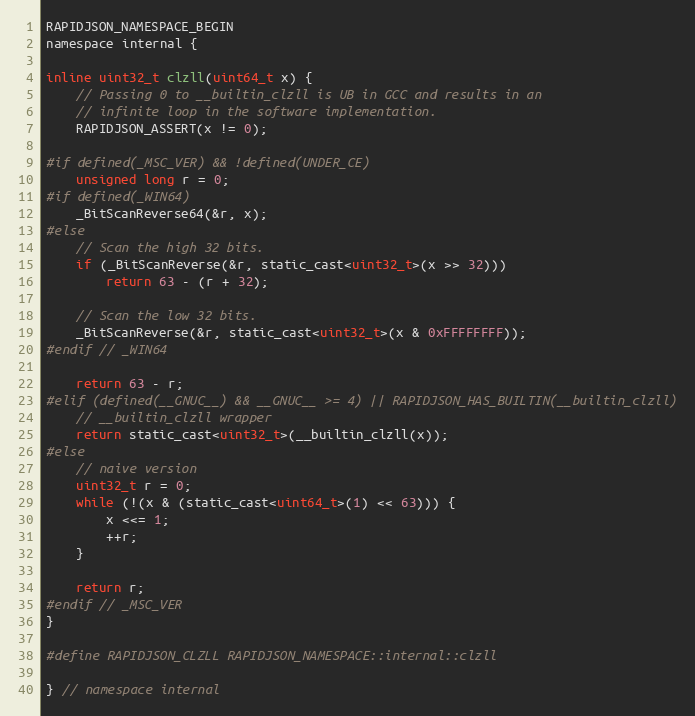
Language: C
RAPIDJSON_NAMESPACE_BEGIN
namespace internal {

inline uint32_t clzll(uint64_t x) {
    // Passing 0 to __builtin_clzll is UB in GCC and results in an
    // infinite loop in the software implementation.
    RAPIDJSON_ASSERT(x != 0);

#if defined(_MSC_VER) && !defined(UNDER_CE)
    unsigned long r = 0;
#if defined(_WIN64)
    _BitScanReverse64(&r, x);
#else
    // Scan the high 32 bits.
    if (_BitScanReverse(&r, static_cast<uint32_t>(x >> 32)))
        return 63 - (r + 32);

    // Scan the low 32 bits.
    _BitScanReverse(&r, static_cast<uint32_t>(x & 0xFFFFFFFF));
#endif // _WIN64

    return 63 - r;
#elif (defined(__GNUC__) && __GNUC__ >= 4) || RAPIDJSON_HAS_BUILTIN(__builtin_clzll)
    // __builtin_clzll wrapper
    return static_cast<uint32_t>(__builtin_clzll(x));
#else
    // naive version
    uint32_t r = 0;
    while (!(x & (static_cast<uint64_t>(1) << 63))) {
        x <<= 1;
        ++r;
    }

    return r;
#endif // _MSC_VER
}

#define RAPIDJSON_CLZLL RAPIDJSON_NAMESPACE::internal::clzll

} // namespace internal